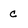
Character: c